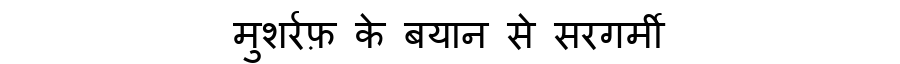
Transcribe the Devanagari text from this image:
मुशर्रफ़ के बयान से सरगर्मी